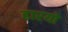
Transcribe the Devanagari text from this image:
हारयो